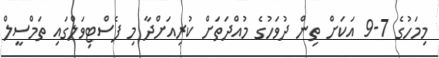
މިމަހުގެ 7-9 އަކަށް ތިން ދުވަހުގެ މުއްދަތަށް ކުރިއަށްދާ މި ފެސްޓިވަލްގައި ތަމްސީލް